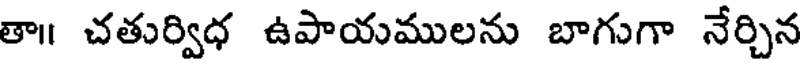
తా చతుర్విధ ఉపాయములను బాగుగా నేర్చిన